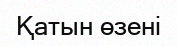
Қатын өзені